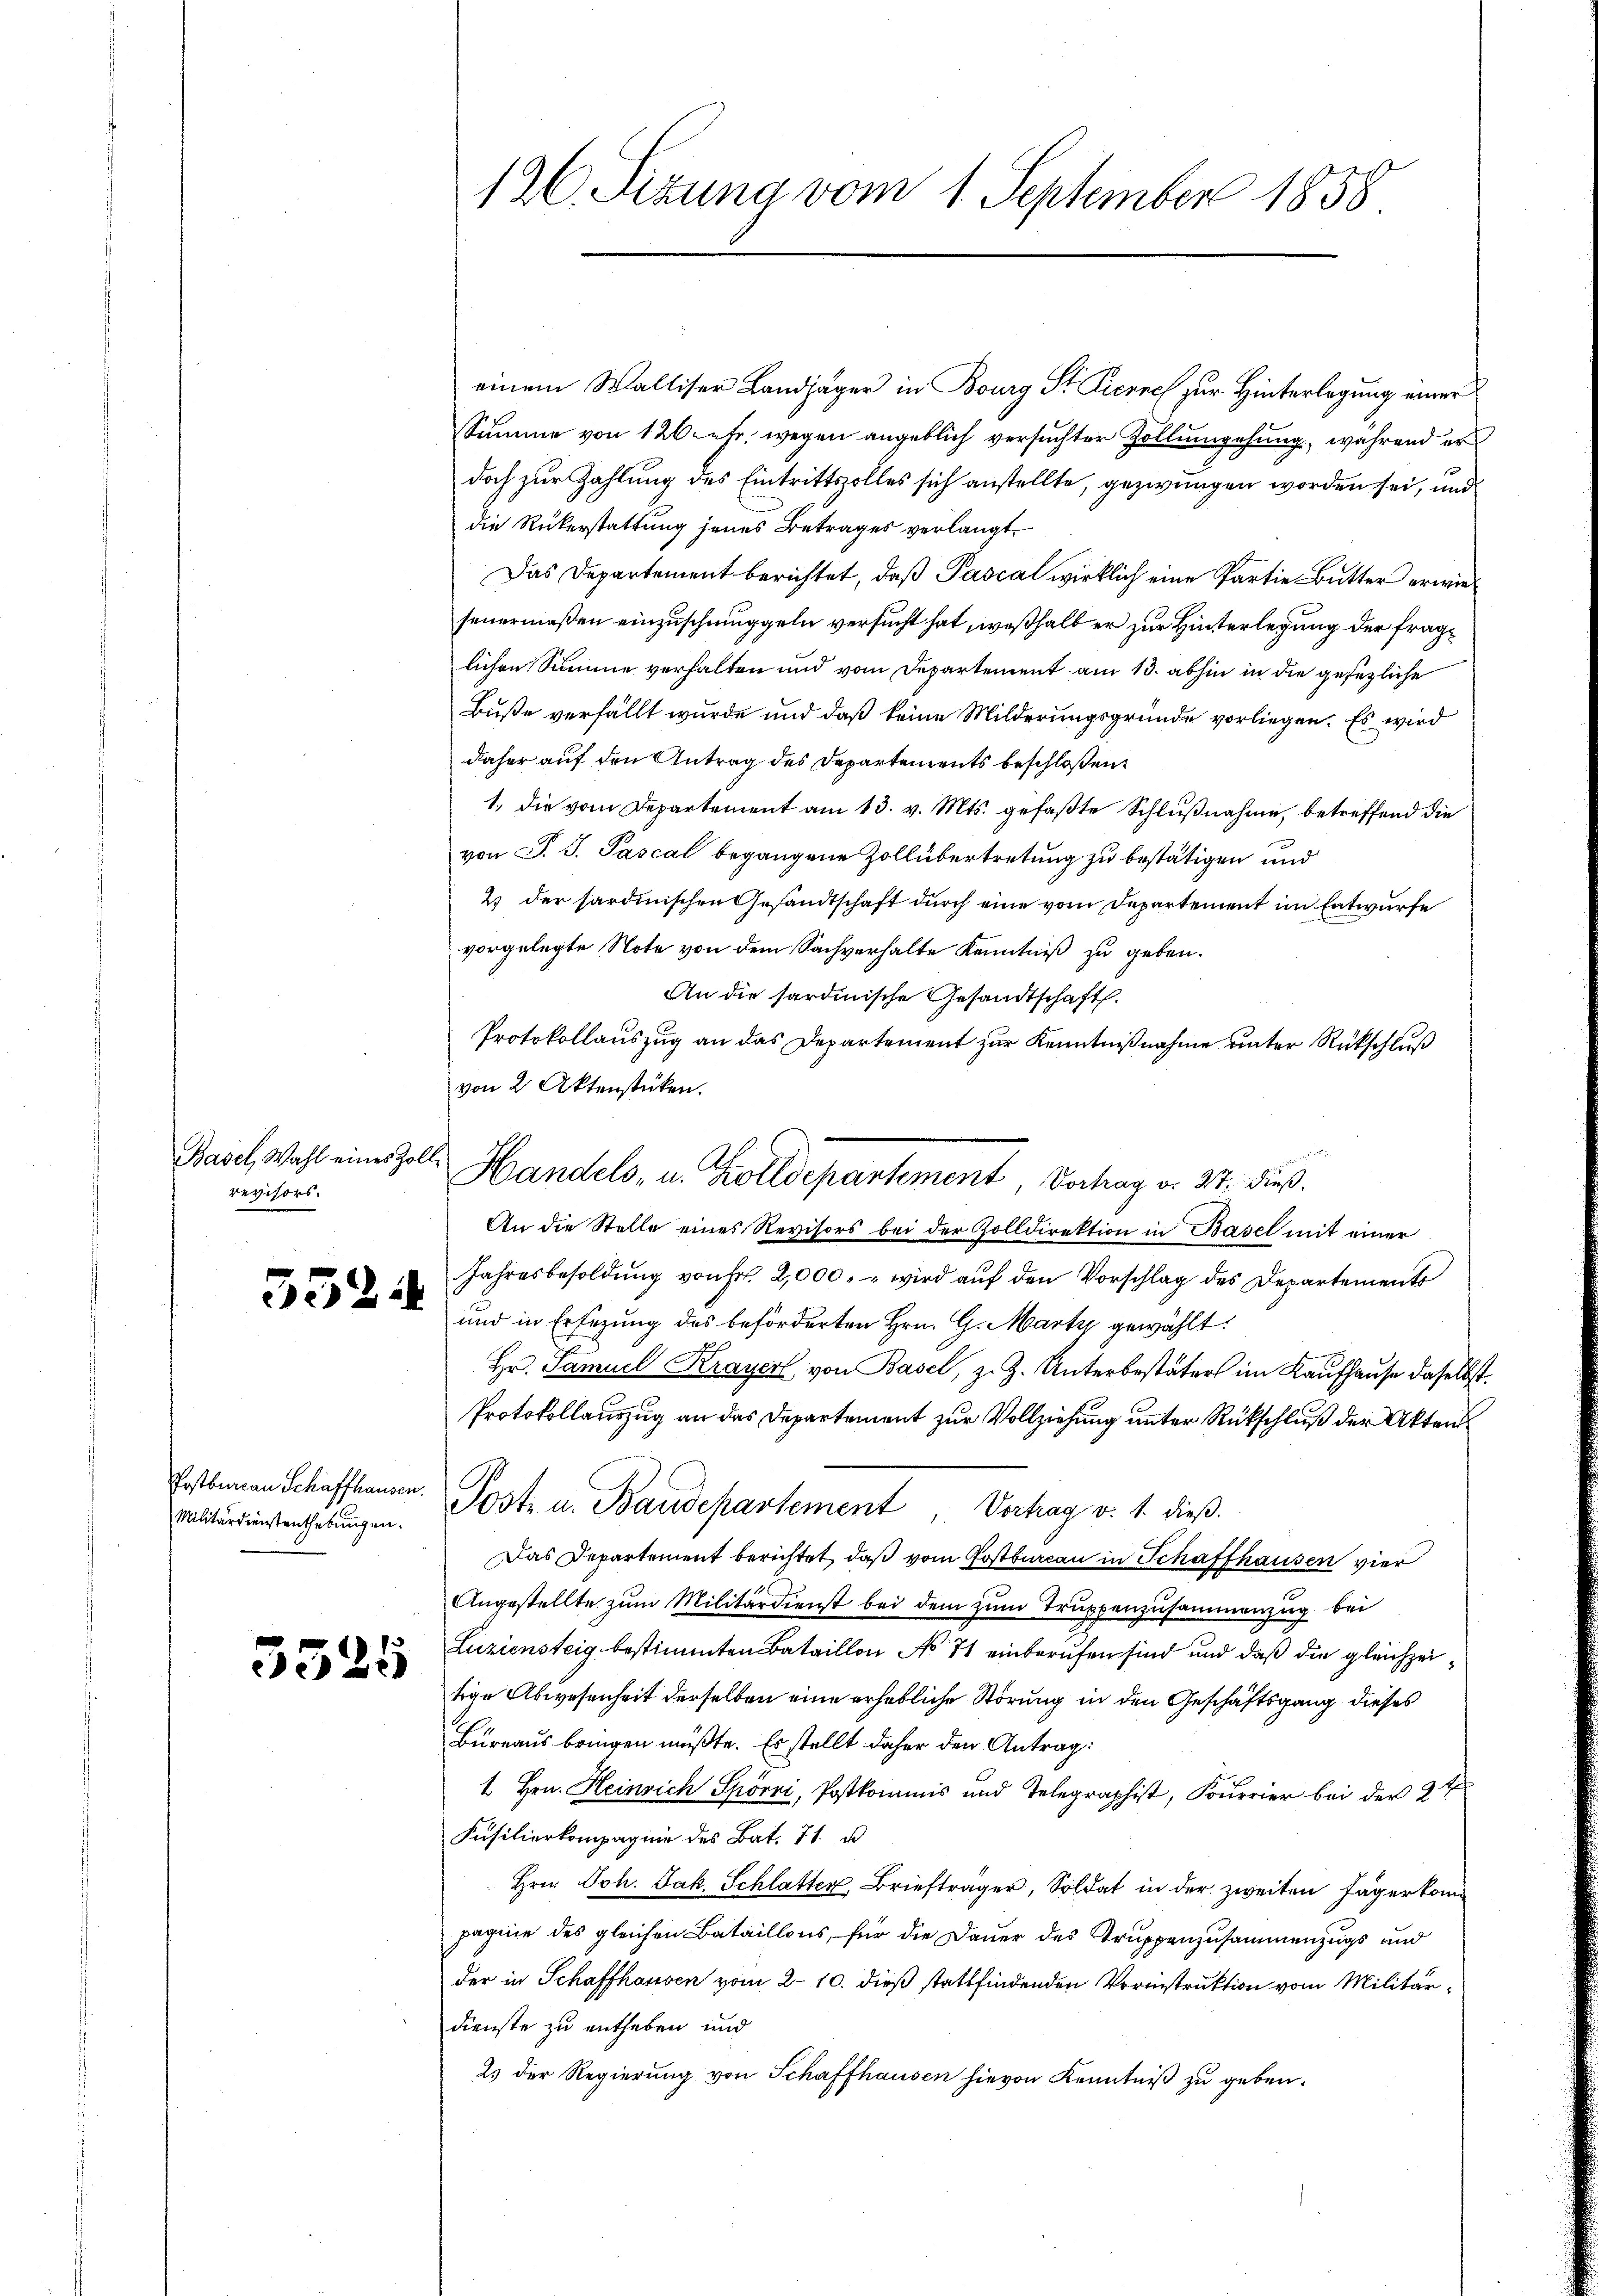
Basel, Wahl eines Zoll-
revisors

552

Postbureau Schaffhausen.
Militärdienstenthebungen.

3525

126. Sizung vom 1. September 1858

einem Walliser Landjäger in Bourg St. Pierne zur Hinterlegung einer
Summe von 120 Fehr, wegen angeblich versuchter Zollumgehung, während er
doch zur Zahlung des Eintrittszolles sich anstellte, gezwungen worden sei, und
die Rükerstattung jenes Betrages verlangt.
Das Departement berichtet, daß Pascal wirklich eine Partie Butter erwiefeuermaßen einzuschmuggeln versucht hat, weßhalb er zur Hinterlegung der fraglichen Summe verhalten und vom Departement am 13. abhin in die gesezliche
Buße verfällt wurde und daß keine Milderungsgründe vorliegen. Es wird
daher auf den Antrag des Departements beschloßen:
1. die vom Departement am 13. v. Mts. gefaßte Schlußnahme, betreffend die
von P. J. Pascal begangene Zollübertretung zu bestätigen und
2) der sardinischen Gesandtschaft durch eine vom Departement im Entwurfe
vorgelegte Note von dem Sachverhalte Kenntniß zu geben.
An die sardinische Gesandtschaft.
Protokollauszug an das Departement zur Kenntnißnahme unter Rückschluß
von 2 Aktenstücken.
An die Stelle eines Revisors bei der Zolldirektion in Basel mit einer
Jahresbesoldung von Fr. 2,000. wird auf den Vorschlag des Departements
und in Ersezung des beförderten Hrn. G. Marty gewählt.
Hr. Samuel Krayer, von Basel, z. Z. Unterbestäters im Kaufhause daselbst.
Protokollauszug an das Departement zur Vollziehung unter Rückschluß der Akten
Poste u. Baudepartement, Vertrag v. 1. dieß.
Das Departement berichtet, daß vom Postbureau in Schaffhausen vier
Angestellte zum Militärdienst bei dem zum Truppenzusammenzug bei
Luziensteig bestimmten Bataillon No 71 einberufen sind und daß die gleichzeitige Abwesenheit derselben eine erhebliche Störung in den Geschäftsgang dieses
Bureaus bringen müßte. Es stellt daher den Antrag:
1 Hrn. Heinrich Spörri, Postkommis und Telegraphist, Fourrier bei der 24
Füsilierkompagnie des Bat. 71. u
Hrn. Joh. Jak. Schlatter, Briefträger, Soldat in der zweiten Jägerkom
pagnie des gleichen Bataillons, für die Dauer des Truppenzusammenzugs und
der in Schaffhausen vom 210. dieß stattfindenden Vorinstruktion vom Militärdienste zu entheben und
2) der Regierung von Schaffhausen hievon Kenntniß zu geben.

e
Handels- u. Zolldepartement, Vortrag v. 27. dieß.